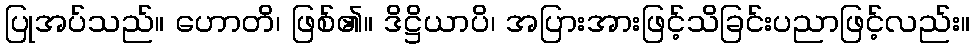
ပြုအပ်သည်။ ဟောတိ၊ ဖြစ်၏။ ဒိဋ္ဌိယာပိ၊ အပြားအားဖြင့်သိခြင်းပညာဖြင့်လည်း။